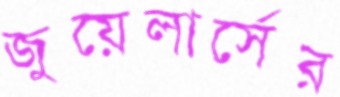
জুয়েলার্সের